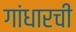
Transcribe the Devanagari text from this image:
गांधारची